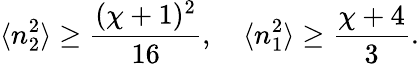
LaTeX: \langle n_{2}^{2}\rangle\geq\frac{(\chi+1)^{2}}{16},\quad\langle n_{1}^{2}\rangle\geq\frac{\chi+4}{3}.